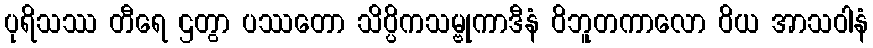
ပုရိသဿ တီရေ ဌတွာ ပဿတော သိပ္ပိကသမ္ဗုကာဒီနံ ဝိဘူတကာလော ဝိယ အာသဝါနံ